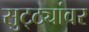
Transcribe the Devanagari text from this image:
सुट्ट्यांवर